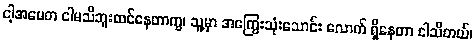
ငါ့အမေက ငါမသိဘူးထင်နေတာကွ၊ သူ့မှာ အကြွေးသုံးသောင်း လောက် ရှိနေတာ ငါသိတယ်၊